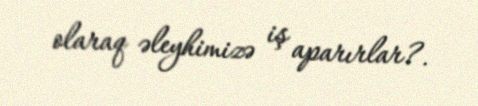
olaraq əleyhimizə iş aparırlar?.